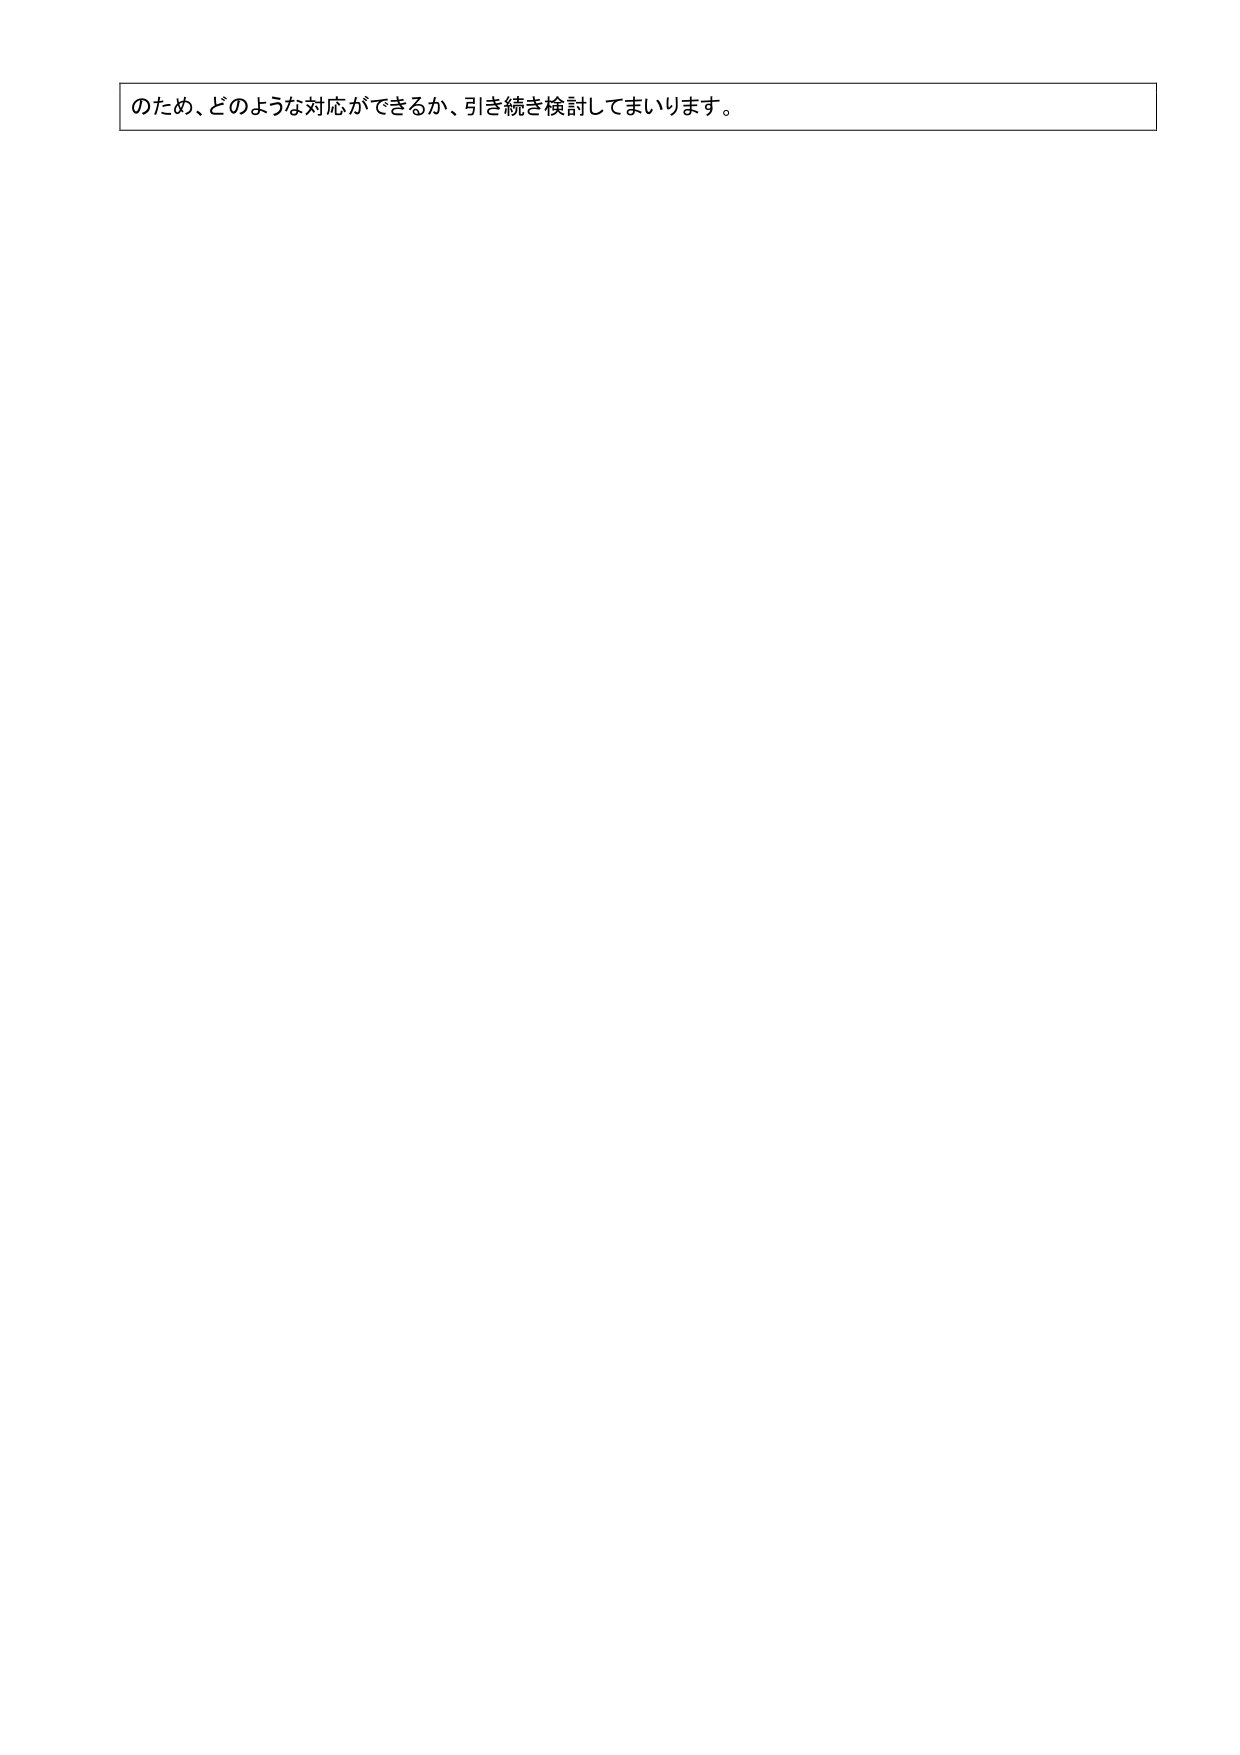
のため、どのような対応ができるか、引き続き検討してまいります。